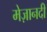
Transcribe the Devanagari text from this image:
मेज़ानदी